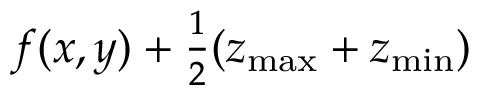
f ( x , y ) + \textstyle \frac { 1 } { 2 } ( z _ { \operatorname* { m a x } } + z _ { \operatorname* { m i n } } )